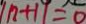
\vert n + 1 \vert = 0